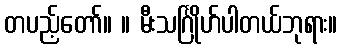
တပည့်တော်။ ။ မီးသင်္ဂြိုဟ်ပါတယ်ဘုရား။